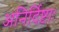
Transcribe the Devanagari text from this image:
अनिर्दिष्टाः